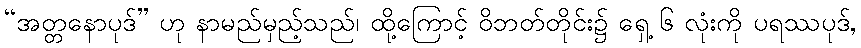
“အတ္တနောပုဒ်” ဟု နာမည်မှည့်သည်၊ ထို့ကြောင့် ဝိဘတ်တိုင်း၌ ရှေ့ ၆ လုံးကို ပရဿပုဒ်,